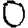
Digit: 0